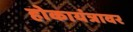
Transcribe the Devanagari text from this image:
होकायंत्रावर